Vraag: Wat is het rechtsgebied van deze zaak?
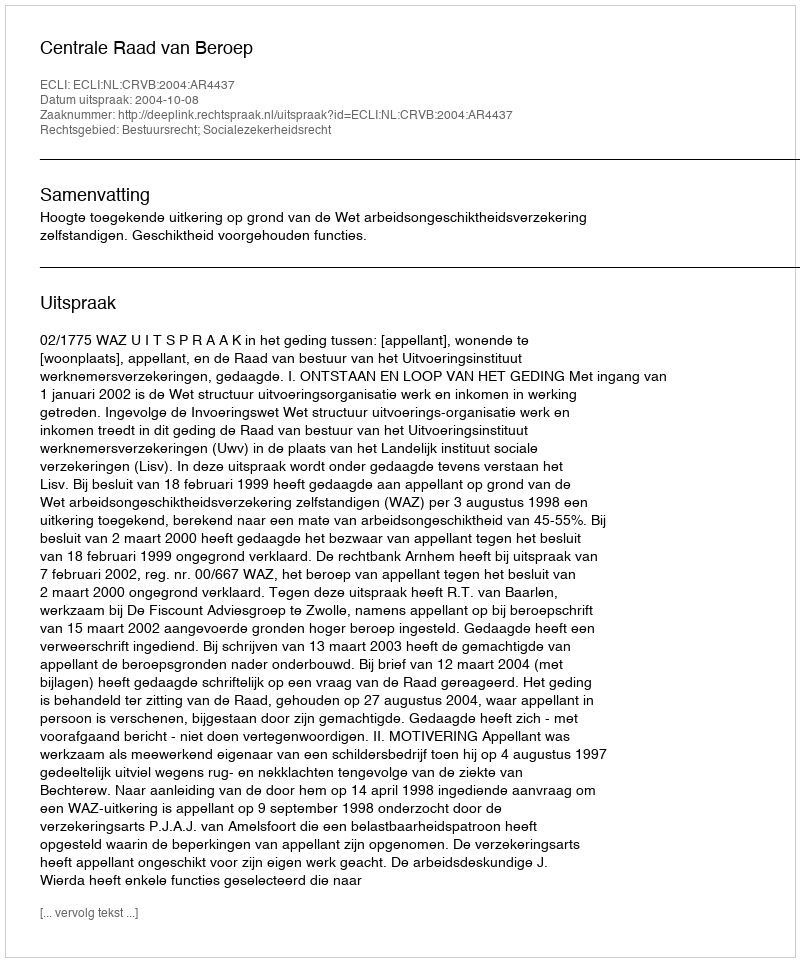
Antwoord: Bestuursrecht; Socialezekerheidsrecht